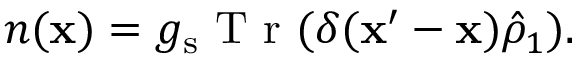
\begin{array} { r } { n ( \mathbf { x } ) = g _ { \mathrm { s } } \mathrm { ~ T ~ r ~ } ( \delta ( \mathbf { x } ^ { \prime } - \mathbf { x } ) \hat { \rho } _ { 1 } ) . } \end{array}